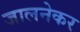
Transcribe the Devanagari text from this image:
जालनेकर